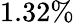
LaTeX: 1.32\%